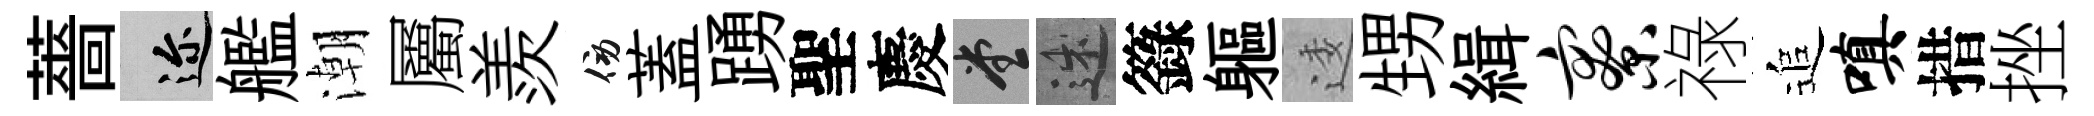
薔邇艦潮屬羨傍蓋踴聖慶堂述籙軀逶甥緝寮祿追嗔措挫